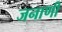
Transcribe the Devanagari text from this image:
जनाणी